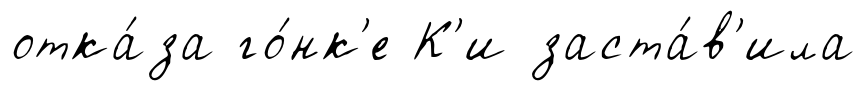
отка́за го́нк'е К'и заста́в'ила